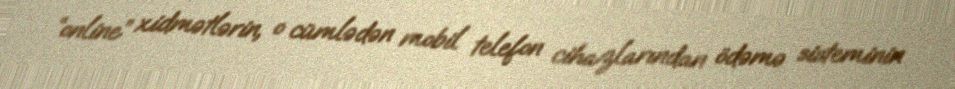
“online” xidmətlərin, o cümlədən mobil telefon cihazlarından ödəmə sisteminin